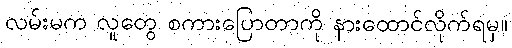
လမ်းမက လူတွေ စကားပြောတာကို နားထောင်လိုက်ရမှ။